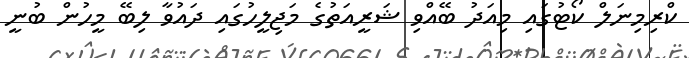
ކްރިމިނަލް ކޯޓުގައި މިއަދު ބޭއްވި ޝަރީއަތުގެ މަޖިލީހުގައި ދައުވާ ލިބޭ މީހުން ބުނީ